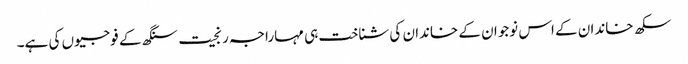
سکھ خاندان کے اس نوجوان کے خاندان کی شناخت ہی مہاراجہ رنجیت سنگھ کے فوجیوں کی ہے۔